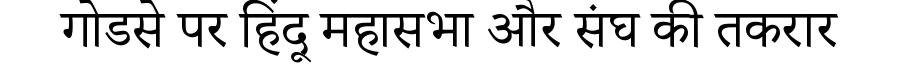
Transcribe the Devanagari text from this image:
गोडसे पर हिंदू महासभा और संघ की तकरार